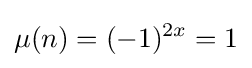
\mu (n)=(-1)^{2x}=1